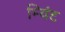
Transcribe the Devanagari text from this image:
म्यिंट